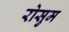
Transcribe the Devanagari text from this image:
रोसुम